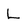
Character: L